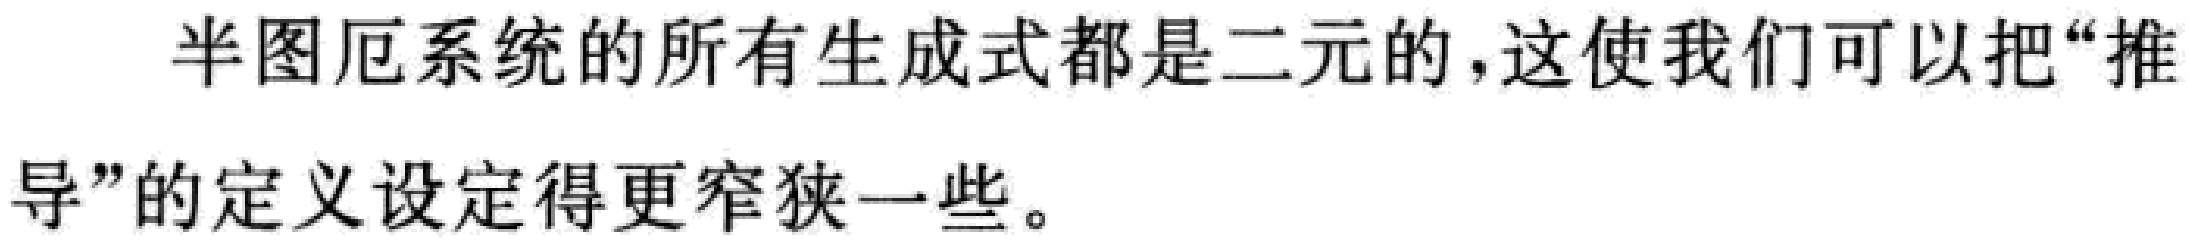
半图厄系统的所有生成式都是二元的，这使我们可以把“推导”的定义设定得更窄狭一些。